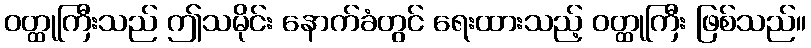
ဝတ္ထုကြီးသည် ဤသမိုင်း နောက်ခံတွင် ရေးထားသည့် ဝတ္ထုကြီး ဖြစ်သည်။